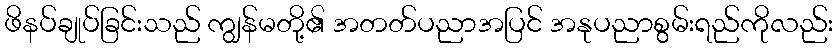
ဖိနပ်ချုပ်ခြင်းသည် ကျွန်မတို့၏ အတတ်ပညာအပြင် အနုပညာစွမ်းရည်ကိုလည်း